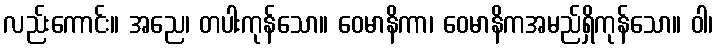
လည်းကောင်း။ အညေ၊ တပါးကုန်သော။ ဝေမာနိကာ၊ ဝေမာနိကအမည်ရှိကုန်သော။ ဝါ၊